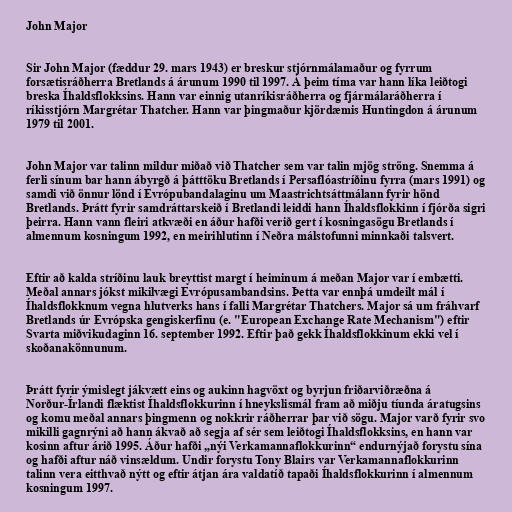
John Major

Sir John Major (fæddur 29. mars 1943) er breskur stjórnmálamaður og fyrrum
forsætisráðherra Bretlands á árunum 1990 til 1997. Á þeim tíma var hann líka leiðtogi
breska Íhaldsflokksins. Hann var einnig utanríkisráðherra og fjármálaráðherra í
ríkisstjórn Margrétar Thatcher. Hann var þingmaður kjördæmis Huntingdon á árunum
1979 til 2001.

John Major var talinn mildur miðað við Thatcher sem var talin mjög ströng. Snemma á
ferli sínum bar hann ábyrgð á þátttöku Bretlands í Persaflóastríðinu fyrra (mars 1991) og
samdi við önnur lönd í Evrópubandalaginu um Maastrichtsáttmálann fyrir hönd
Bretlands. Þrátt fyrir samdráttarskeið í Bretlandi leiddi hann Íhaldsflokkinn í fjórða sigri
þeirra. Hann vann fleiri atkvæði en áður hafði verið gert í kosningasögu Bretlands í
almennum kosningum 1992, en meirihlutinn í Neðra málstofunni minnkaði talsvert.

Eftir að kalda stríðinu lauk breyttist margt í heiminum á meðan Major var í embætti.
Meðal annars jókst mikilvægi Evrópusambandsins. Þetta var ennþá umdeilt mál í
Íhaldsflokknum vegna hlutverks hans í falli Margrétar Thatchers. Major sá um fráhvarf
Bretlands úr Evrópska gengiskerfinu (e. "European Exchange Rate Mechanism") eftir
Svarta miðvikudaginn 16. september 1992. Eftir það gekk Íhaldsflokkinum ekki vel í
skoðanakönnunum.

Þrátt fyrir ýmislegt jákvætt eins og aukinn hagvöxt og byrjun friðarviðræðna á
Norður-Írlandi flæktist Íhaldsflokkurinn í hneykslismál fram að miðju tíunda áratugsins
og komu meðal annars þingmenn og nokkrir ráðherrar þar við sögu. Major varð fyrir svo
mikilli gagnrýni að hann ákvað að segja af sér sem leiðtogi Íhaldsflokksins, en hann var
kosinn aftur árið 1995. Áður hafði „nýi Verkamannaflokkurinn“ endurnýjað forystu sína
og hafði aftur náð vinsældum. Undir forystu Tony Blairs var Verkamannaflokkurinn
talinn vera eitthvað nýtt og eftir átjan ára valdatíð tapaði Íhaldsflokkurinn í almennum
kosningum 1997.